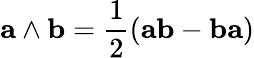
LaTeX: \mathbf{a}\wedge\mathbf{b}={\frac{1}{2}}(\mathbf{ab}-\mathbf{ba})